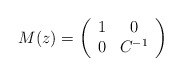
\begin{align*}M(z)=\left(\begin{array}{cc}1 & 0\\0 & C^{-1}\end{array}\right)\end{align*}